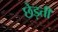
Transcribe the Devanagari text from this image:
छेड़ती